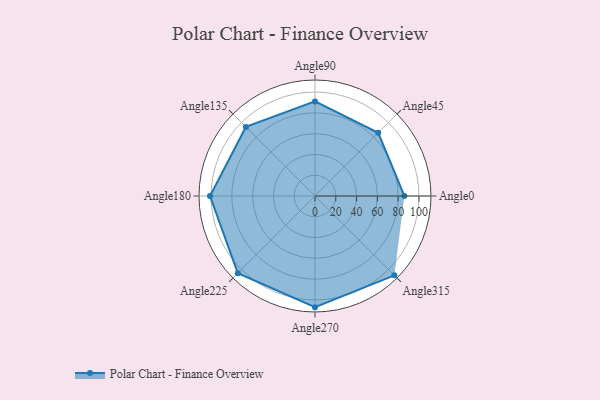
{"axis": {"x": "Angle", "y": "Radius"}, "legend": [""], "data": [{"x": "Angle0", "y": 86.0, "type": ""}, {"x": "Angle45", "y": 86.0, "type": ""}, {"x": "Angle90", "y": 91.0, "type": ""}, {"x": "Angle135", "y": 94.0, "type": ""}, {"x": "Angle180", "y": 101.0, "type": ""}, {"x": "Angle225", "y": 105.0, "type": ""}, {"x": "Angle270", "y": 107.0, "type": ""}, {"x": "Angle315", "y": 108.0, "type": ""}]}